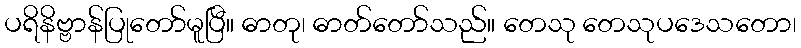
ပရိနိဗ္ဗာန်ပြုတော်မူပြီ။ ဓာတု၊ ဓာတ်တော်သည်။ တေသု တေသုပဒေသတော၊